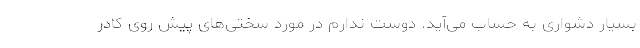
بسیار دشواری به حساب می‌آید. دوست ندارم در مورد سختی‌های پیش روی کادر